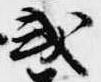
或